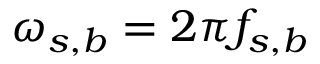
\omega _ { s , b } = 2 \pi f _ { s , b }